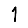
Digit: 1